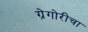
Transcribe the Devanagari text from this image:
ग्रेगोरीचा